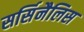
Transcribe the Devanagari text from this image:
सर्सिनैलिस